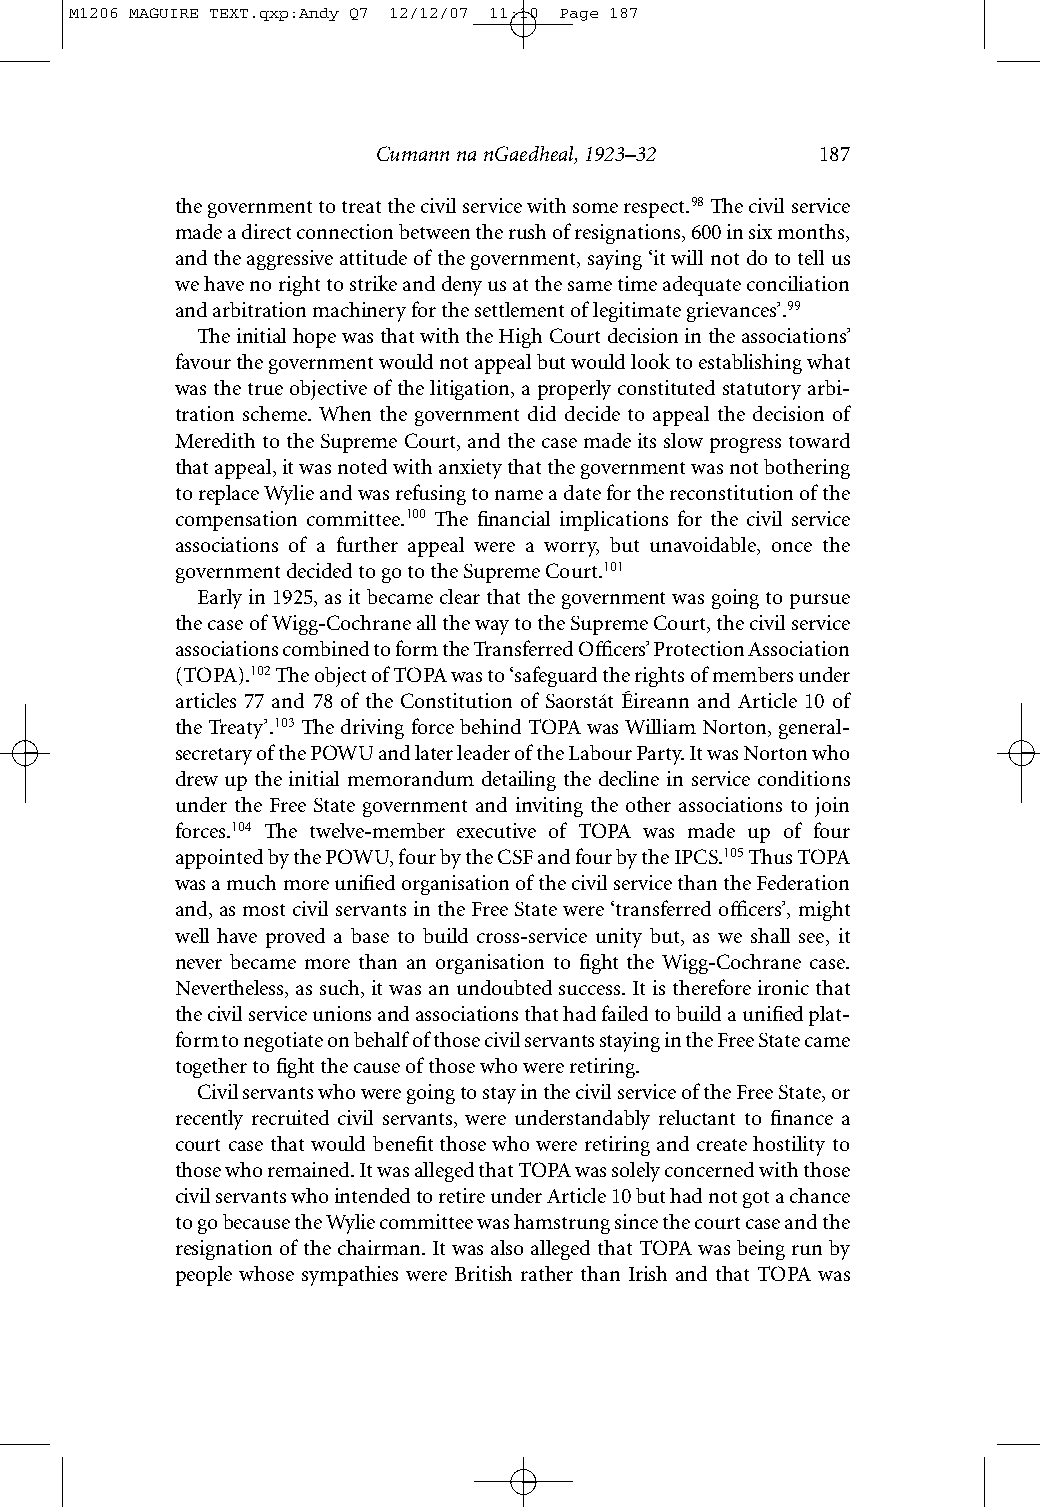
M1206 MAGUIRE TEXT.qxp:Andy Q7 12/12/07 11:10 Page 187
 Cumann na nGaedheal, 1923–32 187
 the government to treat the civil service with some respect.98The civil service
 made a direct connection between the rush of resignations, 600 in six months,
 and the aggressive attitude of the government, saying ‘it will not do to tell us
 we have no right to strike and deny us at the same time adequate conciliation
 and arbitration machinery for the settlement of legitimate grievances’.99
 The initial hope was that with the High Court decision in the associations’
 favour the government would not appeal but would look to establishing what
 was the true objective of the litigation, a properly constituted statutory arbi-
 tration scheme. When the government did decide to appeal the decision of
 Meredith to the Supreme Court, and the case made its slow progress toward
 that appeal, it was noted with anxiety that the government was not bothering
 to replace Wylie and was refusing to name a date for the reconstitution of the
 compensation committee.100 The financial implications for the civil service
 associations of a further appeal were a worry, but unavoidable, once the
 government decided to go to the Supreme Court.101
 Early in 1925, as it became clear that the government was going to pursue
 the case of Wigg-Cochrane all the way to the Supreme Court, the civil service
 associations combined to form the Transferred Officers’ Protection Association
 (TOPA).102The object of TOPA was to ‘safeguard the rights of members under
 articles 77 and 78 of the Constitution of Saorstát Éireann and Article 10 of
 theTreaty’.103The driving force behind TOPA was William Norton, general-
 secretary of the POWU and later leader of the Labour Party. It was Norton who
 drew up the initial memorandum detailing the decline in service conditions
 under the Free State government and inviting the other associations to join
 forces.104 The twelve-member executive of TOPA was made up of four
 appointed by the POWU, four by the CSF and four by the IPCS.105Thus TOPA
 was a much more unified organisation of the civil service than the Federation
 and, as most civil servants in the Free State were ‘transferred officers’, might
 well have proved a base to build cross-service unity but, as we shall see, it
 never became more than an organisation to fight the Wigg-Cochrane case.
 Nevertheless, as such, it was an undoubted success. It is therefore ironic that
 the civil service unions and associations that had failed to build a unified plat-
 form to negotiate on behalf of those civil servants staying in the Free State came
 together to fight the cause of those who were retiring.
 Civil servants who were going to stay in the civil service of the Free State, or
 recently recruited civil servants, were understandably reluctant to finance a
 court case that would benefit those who were retiring and create hostility to
 those who remained. It was alleged that TOPA was solely concerned with those
 civil servants who intended to retire under Article 10 but had not got a chance
 to go because the Wylie committee was hamstrung since the court case and the
 resignation of the chairman. It was also alleged that TOPA was being run by
 people whose sympathies were British rather than Irish and that TOPA was